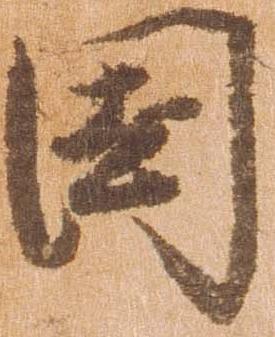
国